Malarial fevers
Disease focus: Malaria
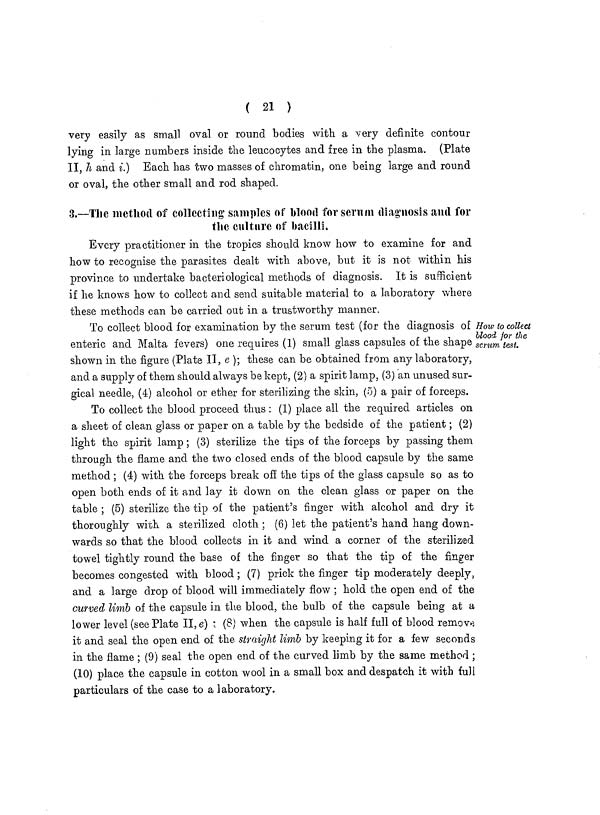
( 21 )
very easily as small oval or round bodies with a very definite contour
lying in large numbers inside the leucocytes and free in the plasma. (Plate
II, h and i.) Each has two masses of chromatin, one being large and round
or oval, the other small and rod shaped.
3.—The method of collecting samples of blood for serum diagnosis and for
the culture of bacilli.
Every practitioner in the tropics should know how to examine for and
how to recognise the parasites dealt with above, but it is not within his
province to undertake bacteriological methods of diagnosis. It is sufficient
if he knows how to collect and send suitable material to a laboratory where
these methods can be carried out in a trustworthy manner.
How to collect
blood for the
scrum test.
To collect blood for examination by the serum test (for the diagnosis of
enteric and Malta fevers) one requires (1) small glass capsules of the shape
shown in the figure (Plate II, e); these can be obtained from any laboratory,
and a supply of them should always be kept, (2) a spirit lamp, (3) an unused sur-
gical needle, (4) alcohol or ether for sterilizing the skin, (5) a pair of forceps.
To collect the blood proceed thus : (1) place all the required articles on
a sheet of clean glass or paper on a table by the bedside of the patient ; (2)
light the spirit lamp ; (3) sterilize the tips of the forceps by passing them
through the flame and the two closed ends of the blood capsule by the same
method ; (4) with the forceps break off the tips of the glass capsule so as to
open both ends of it and lay it down on the clean glass or paper on the
table ; (5) sterilize the tip of the patient's finger with alcohol and dry it
thoroughly with a sterilized cloth ; (6) let the patient's hand hang down-
wards so that the blood collects in it and wind a corner of the sterilized
towel tightly round the base of the finger so that the tip of the finger
becomes congested with blood ; (7) prick the finger tip moderately deeply,
and a large drop of blood will immediately flow ; hold the open end of the
curved limb of the capsule in the blood, the bulb of the capsule being at a
lower level (see Plate II, e) :. (8) when the capsule is half full of blood remove
it and seal the open end of the straight limb by keeping it for a few seconds
in the flame ; (9) seal the open end of the curved limb by the same method ;
(10) place the capsule in cotton wool in a small box and despatch it with full
particulars of the case to a laboratory.